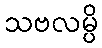
သဗလမ္ပိ